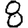
Digit: 8